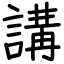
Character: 講